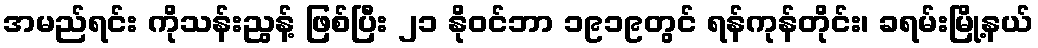
အမည်ရင်း ကိုသန်းညွန့် ဖြစ်ပြီး ၂၁ နိုဝင်ဘာ ၁၉၁၉တွင် ရန်ကုန်တိုင်း၊ ခရမ်းမြို့နယ်